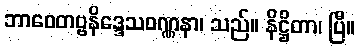
ဘာဝေတဗ္ဗနိဒ္ဒေသဝဏ္ဏနာ၊ သည်။ နိဋ္ဌိတာ၊ ပြီ။